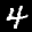
Label: 4